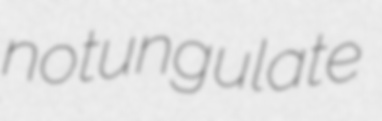
notungulate